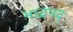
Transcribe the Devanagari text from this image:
भाद्रपद्